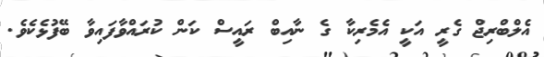
އެލްބްރިޖް ގެރީ އަކީ އެމެރިކާ ގެ ނާއިބް ރައީސް ކަން ކުރައްވާފައިވާ ބޭފުޅެކެވެ.